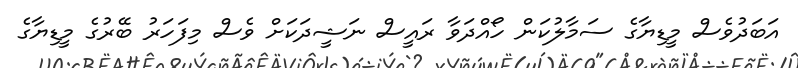
އަބަދުވެސް މީޑިޔާގެ ސަމާލުކަން ހޯއްދަވާ ރައީސް ނަޝީދަކަށް ވެސް މިފަހަރު ބޭރުގެ މީޑިޔާގެ